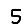
Digit: 5